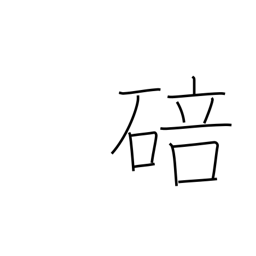
Meaning: bud